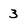
Character: 3